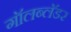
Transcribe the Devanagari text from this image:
गॉलब्लॅडर